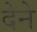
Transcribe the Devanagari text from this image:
देेने